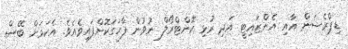
ޑިޕްރެޝަން އާއި އެންޒައިޓީ އަދި ރުޅި ކޮންޓްރޯލް ނުވުން ފާހަގަކޮށްފައިވެއެވެ. އެކަމަށް ބޭސް